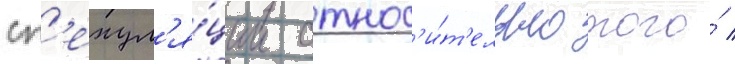
сп'екул'я́ции относ'и́т'ельно того́ /